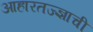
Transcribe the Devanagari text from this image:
आहारतज्‍ज्ञाची